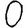
Digit: 0